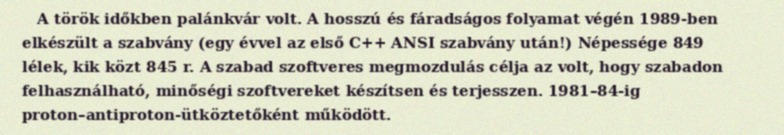
A török időkben palánkvár volt. A hosszú és fáradságos folyamat végén 1989-ben elkészült a szabvány (egy évvel az első C++ ANSI szabvány után!) Népessége 849 lélek, kik közt 845 r. A szabad szoftveres megmozdulás célja az volt, hogy szabadon felhasználható, minőségi szoftvereket készítsen és terjesszen. 1981–84-ig proton–antiproton-ütköztetőként működött.